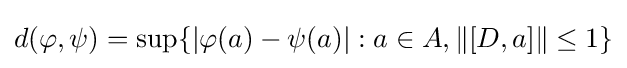
d(\varphi ,\psi )=\sup\{|\varphi (a)-\psi (a)|:a\in A,\|[D,a]\|\leq 1\}